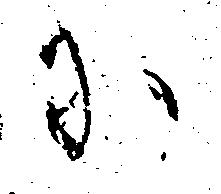
に